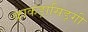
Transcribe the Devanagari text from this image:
काकड़ासिङ्गी